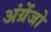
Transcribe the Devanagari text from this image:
अंग्रेंजो